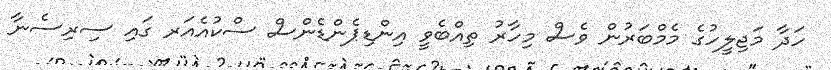
ހަދާ މަޖިލީހުގެ މެމްބަރުން ވެސް މިހާރު ތިއްބެވީ އިންޑިޕެންޑެންސް ސްކުއެއަރ ގައި ސިރިސެނާ